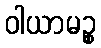
ဝါယာမဉ္စ